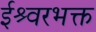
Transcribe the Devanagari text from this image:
ईश्र्वरभक्त